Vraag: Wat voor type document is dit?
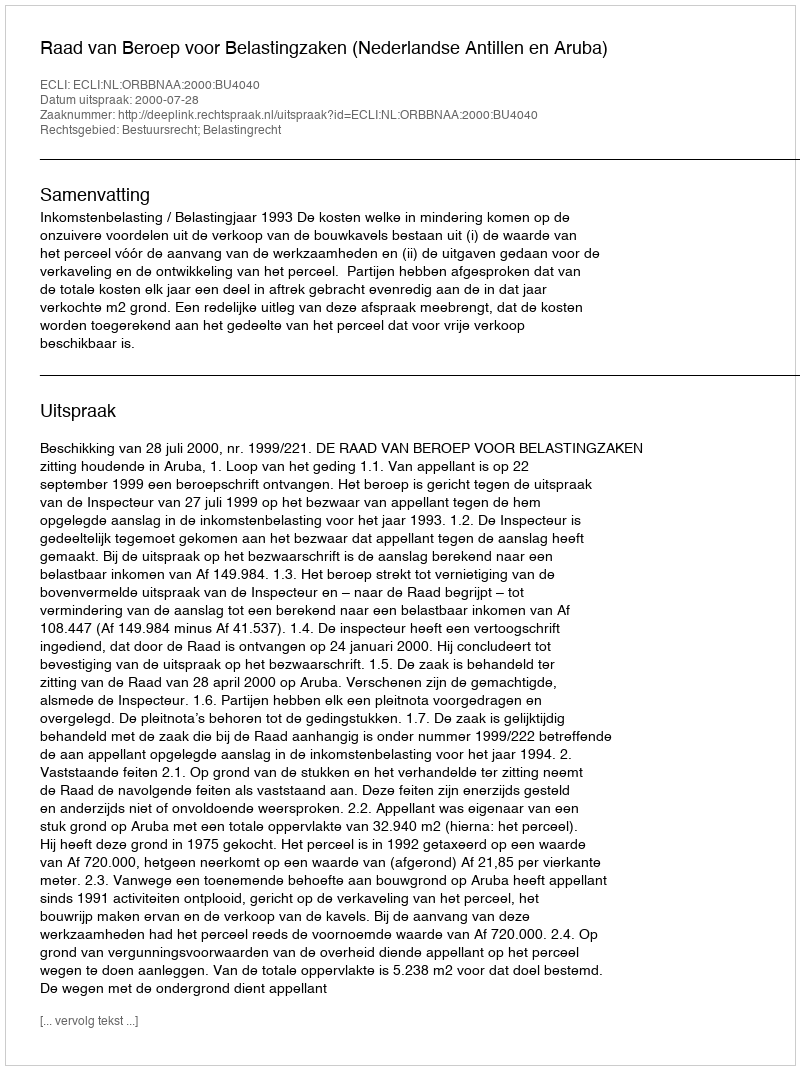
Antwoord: Uitspraak